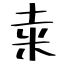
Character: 𥸮